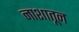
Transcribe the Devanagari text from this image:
नाशातून